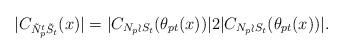
LaTeX: \begin{align*}|C_{\tilde{N}_p^t\tilde{S}_t}(x)|=|C_{N_p\wr S_t}(\theta_{pt}(x))|2|C_{N_p\wr S_t}(\theta_{pt}(x))|.\end{align*}